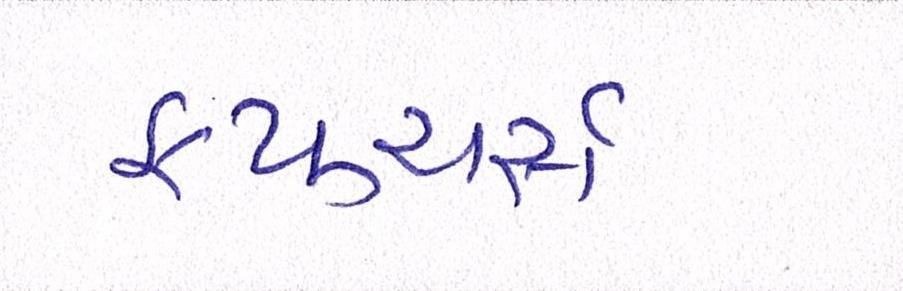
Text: ફ્યુચર્સ